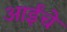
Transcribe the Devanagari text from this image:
आईंचे